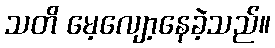
သတိ မေ့လျော့နေခဲ့သည်။